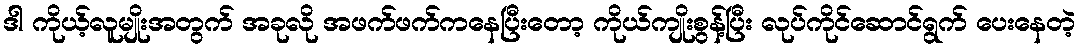
ဒါ ကိုယ့်လူမျိုးအတွက် အခုလို အဖက်ဖက်ကနေပြီးတော့ ကိုယ်ကျိုးစွန့်ပြီး လုပ်ကိုင်ဆောင်ရွက် ပေးနေတဲ့